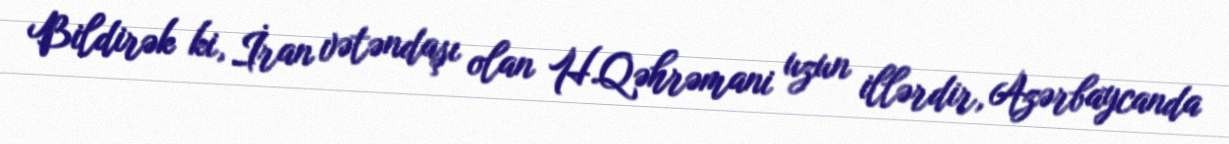
Bildirək ki, İran vətəndaşı olan H.Qəhrəmani uzun illərdir, Azərbaycanda